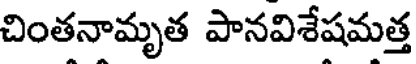
చింతనామృత పానవిశేషమత్త